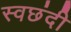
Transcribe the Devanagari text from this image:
स्वछंदी